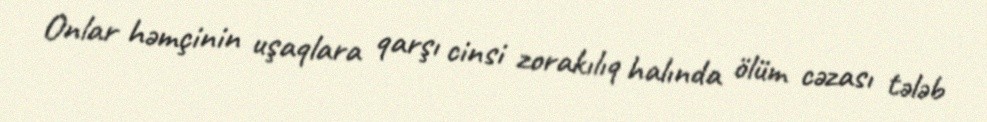
Onlar həmçinin uşaqlara qarşı cinsi zorakılıq halında ölüm cəzası tələb